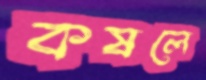
কষলে